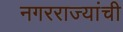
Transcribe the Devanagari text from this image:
नगरराज्यांची